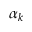
\alpha _ { k }